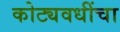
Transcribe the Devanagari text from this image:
कोट्यवधींचा